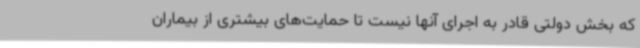
که بخش دولتی قادر به اجرای آنها نیست تا حمایت‌های بیشتری از بیماران